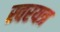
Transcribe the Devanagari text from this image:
स्वरयत्र